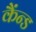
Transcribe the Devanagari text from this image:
कैंन्ड